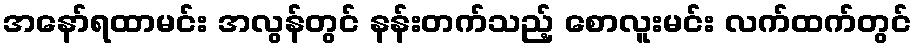
အနော်ရထာမင်း အလွန်တွင် နန်းတက်သည့် စောလူးမင်း လက်ထက်တွင်